Vabadussoja_Ajaloo_Komitee, lk 35
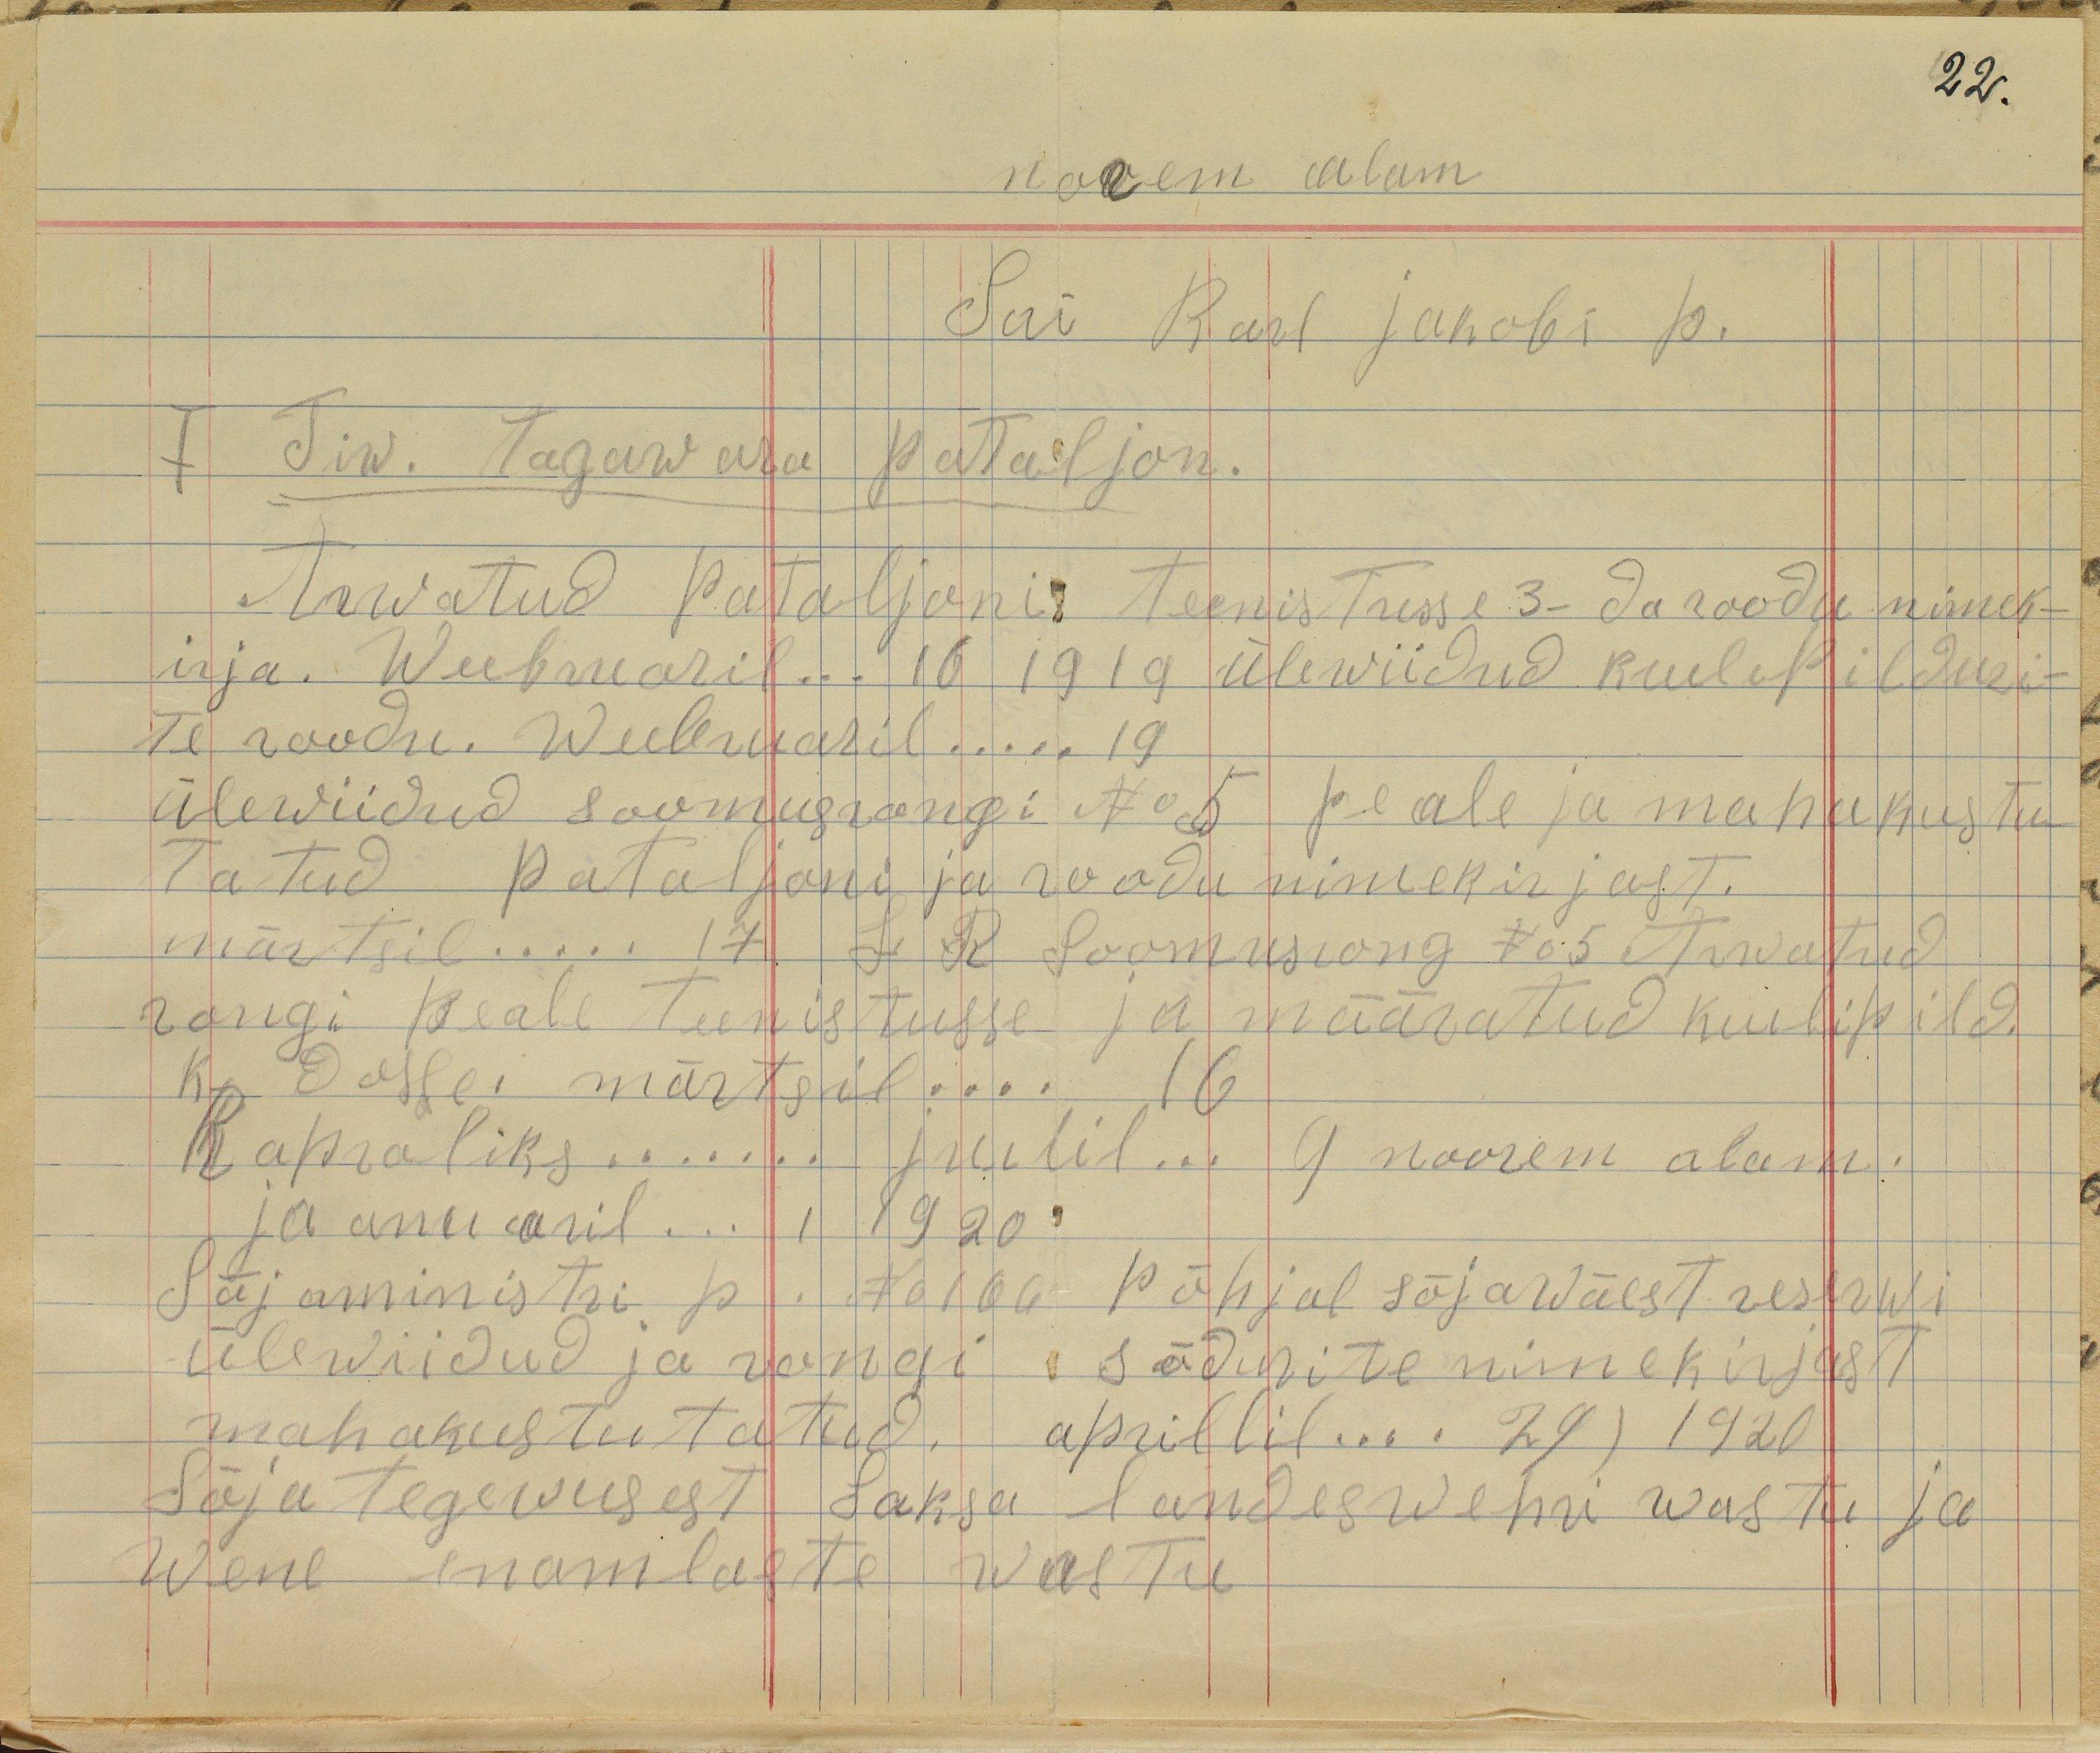
22.
noorem alam
Sm Karl jakobi p.
Tiw. Tagawara Pattaljon.
Arwatud pataljoni teenistusse 3. Ja roodu nimek-
irja. Weebruaril ... 16 1919 ülewiidud kuupilduri-
Te roodu. Weebruaril ..... 19.
ülewiidud Soomusrongi No 5 peale ja mahakustu-
Tatud pataljoni ja roodu nimekirjust.
märtsil .... 17 L. R Soomusrong No 5 Arrvatud
rongi pealt teenistusse ja määratud kuulipild.
Ka Doslei märtsil... 16
Kapraliks .... juulil .... 9 noorem alam
ja eruu mail.... 1 1920
Sõjaministri p. F 01/kk põhjal sõjaväest reservi 
ülewiidud ja rongi sõdurite nimekirjast
mahakustutatud ... aprillil 29, 1920
Sõja tegevusest . Laksei Landeswehri vastu ja
wene enamlaste wastu.